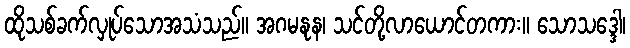
ထိုသစ်ခက်လှုပ်သောအသံသည်။ အဂမနုန၊ သင်တို့လာယောင်တကား။ သောသဒ္ဒေါ၊